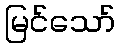
မြင်သော်